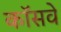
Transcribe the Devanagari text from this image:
कॉसवे